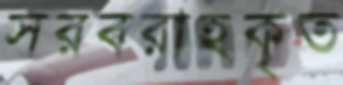
সরবরাহকৃত